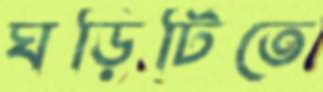
ঘড়িটিতে